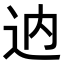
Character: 𨑧